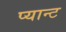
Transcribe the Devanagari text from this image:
प्यान्ट